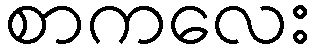
စာကလေး